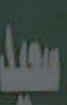
سعيد